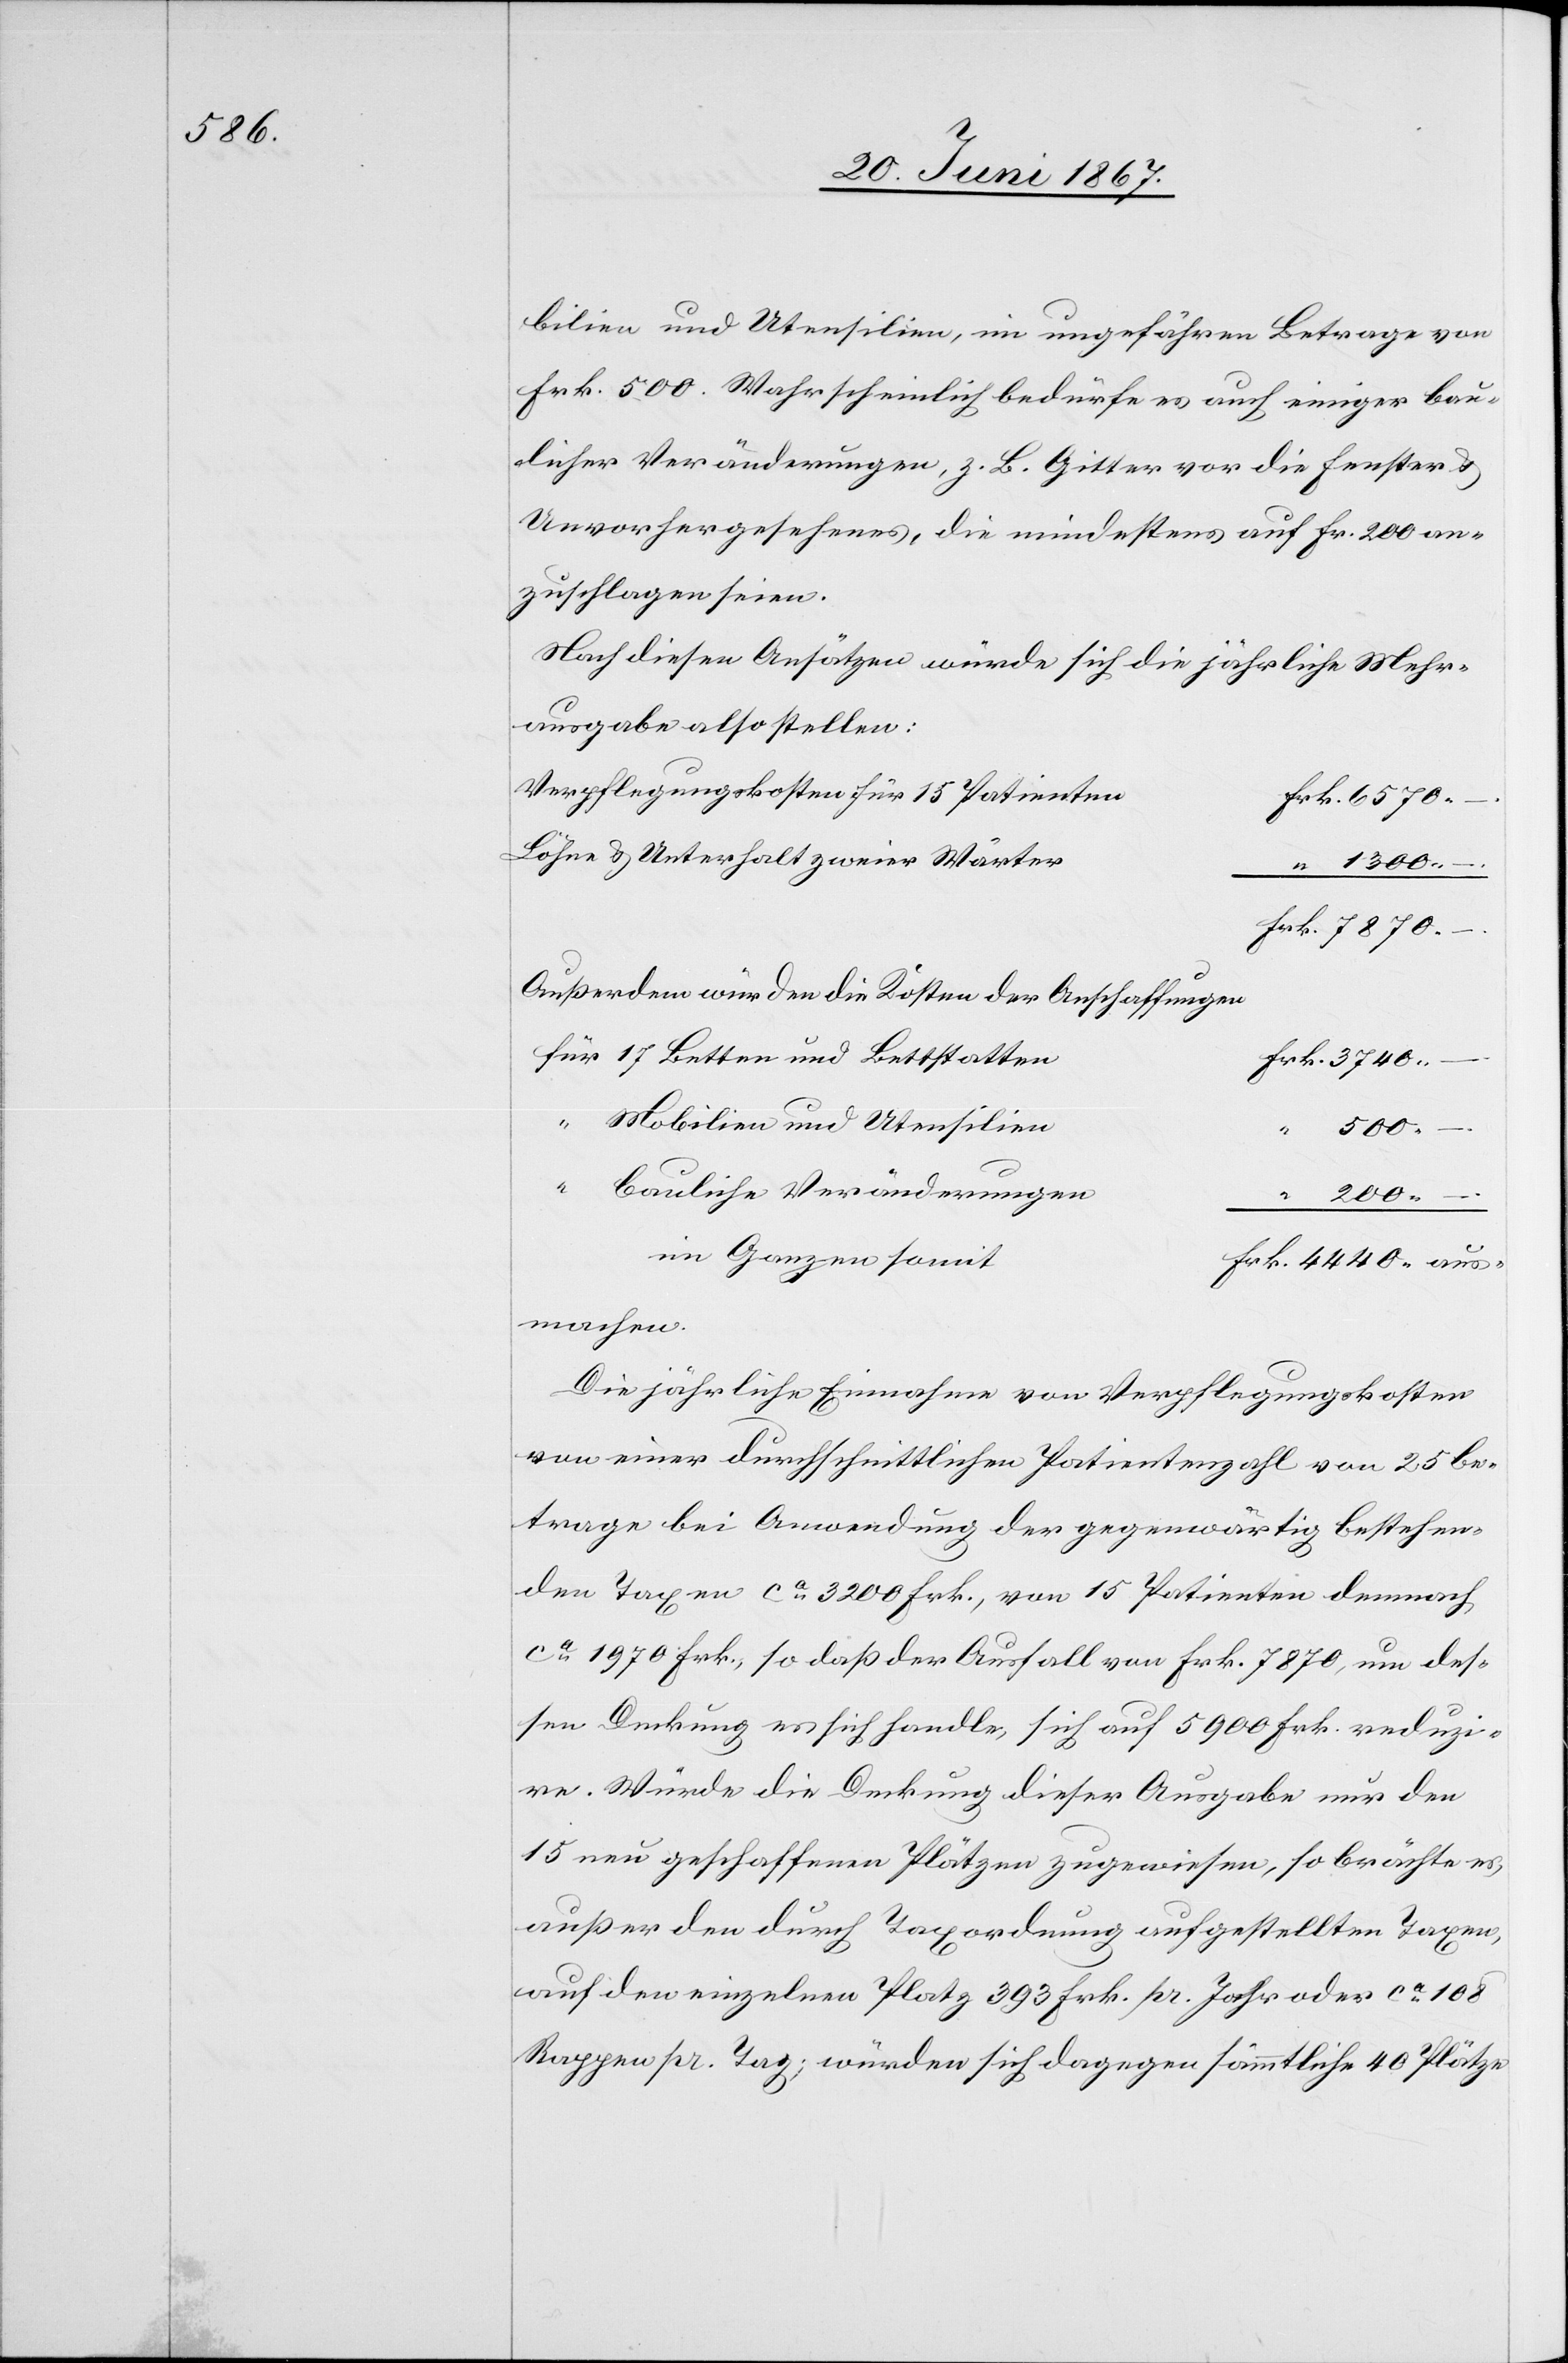
bilien und Utensilien, im ungefähren Betrage von
Frk. 500. Wahrscheinlich bedürfe es auch einiger bau¬
licher Veränderungen, z. B. Gitter vor die Fenster u.
Unvorhergesehenes, die mindestens auf Frk. 200 an¬
zuschlagen seien.
Nach diesen Ansätzen würde sich die jährliche Mehr¬
ausgabe also stellen:
Verpflegungskosten für 15 Patienten
Löhne u. Unterhalt zweier Wärter
Außerdem würden die Kosten der Anschaffungen
für 17 Better und Bettstatten
Mobilien und Utensilien
200.
aus¬
“ bauliche Veränderungen
“
im Ganzen somit
machen.
Die jährliche Einnahme von Verpflegungskosten
von einer durchschnittlichen Patientenzahl von 25 be¬
trage bei Anwendung der gegenwärtig bestehen¬
den Taxen ca. 3200 Frk., von 15 Patienten demnach
ca. 1970 Frk., so daß der Ausfall von Frk. 7870, um des¬
sen Decken es sich handle, sich auf 5900 Frk. reduzi¬
re. Würde die Deckung dieser Ausgabe nur den
15 neu geschaffenen Plätzen zugewiesen, so brächte es,
außer den durch Taxordnung aufgestellten Taxen,
auf den einzelnen Platz 393 Frk. pr. Jahr oder ca. 108
Rappen pr. Tag; würden sich dagegen sämmtliche 40 Plätze